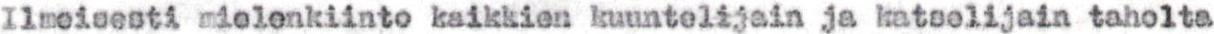
Ilmeisesti mielenkiinto kaikkien kuuntelijain ja katselijain taholta